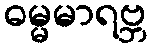
ဓမ္မမာရဗ္ဘ